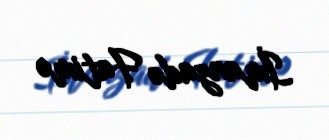
İmanzadə Fatimə